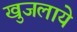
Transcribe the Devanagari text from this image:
खुजलाये